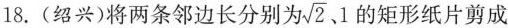
18. (绍兴)将两条邻边长分别为 \sqrt{2}、1 的矩形纸片剪成